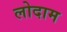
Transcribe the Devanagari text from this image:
लोदाम